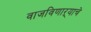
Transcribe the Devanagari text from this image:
वाजविणाऱ्याचे